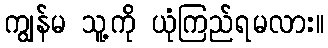
ကျွန်မ သူ့ကို ယုံကြည်ရမလား။